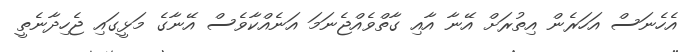
އެހެނަސް އަހަރެން އިތުރަށް އޭނާ އާއި ގާތްވެއްޖެނަމަ އަނެއްކާވެސް އޭނާގެ މަޅީގައި ޖެހިދާނެތީ